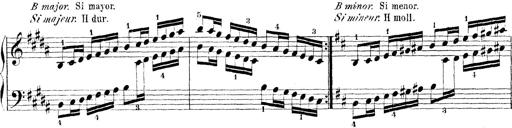
Title: Technische Studien
Composer: Franz Liszt